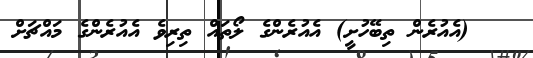
(އެއުރެން ތިބޭހުށީ) އެއުރެންގެ ލޯތައް ތިރިވެ އެއުރެންގެ މައްޗަށް